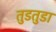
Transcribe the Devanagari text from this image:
तुडतुडा